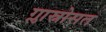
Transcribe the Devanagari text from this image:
ग्लास्नोसत